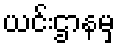
ယင်းဌာနမှ